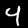
Digit: 4